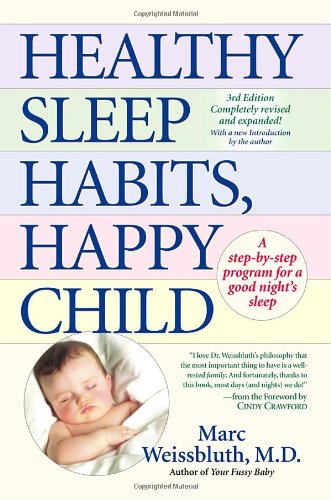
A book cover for Healthy Sleep Habits, Happy Child; Marc Weissbluth; Health, Fitness & Dieting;